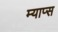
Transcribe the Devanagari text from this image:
म्याप्स